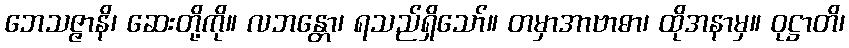
ဘေသဇ္ဇာနိ၊ ဆေးတို့ကို။ လဘန္တော၊ ရသည်ရှိသော်။ တမှာအာဗာဓာ၊ ထိုအနာမှ။ ဝုဋ္ဌာတိ၊